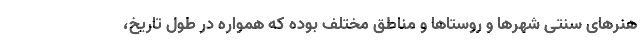
هنرهای سنتی شهرها و روستاها و مناطق مختلف بوده که همواره در طول تاریخ،